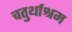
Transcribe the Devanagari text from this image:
चतुर्थाश्रम